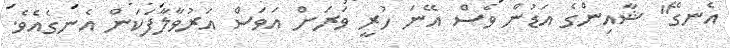
އެނގޭ" ޝާއިންގެ އަޑުން ވެސް އޭނަ ހުރީ ވަރަށް އަވަސް އަރުވާލާފަކަން އެނގެއެވެ.